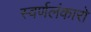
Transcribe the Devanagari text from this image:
स्वर्णलंकारो